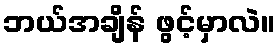
ဘယ်အချိန် ဖွင့်မှာလဲ။